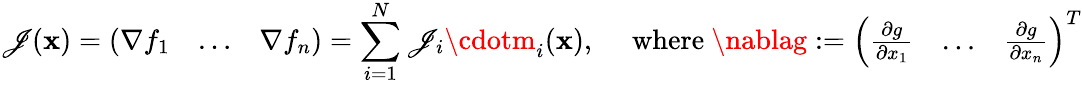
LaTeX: \mathscr{J}(\mathbf{{x}})=\left(\begin{array}{lll}{\nabla f_{1}}&{\ldots}&{\nabla f_{n}}\end{array}\right)=\sum_{i=1}^{N}\mathscr{J}_{i}\cdotm_{i}(\mathbf{{x}}),\quad\mathrm{{~where~}}\nablag:=\left(\begin{array}{lll}{\frac{\partial g}{\partial x_{1}}}&{\ldots}&{\frac{\partial g}{\partial x_{n}}}\end{array}\right)^{T}